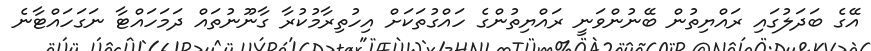
އޭގެ ބަދަލުގައި ރައްޔިތުން ބޭނުންވަނީ ރައްޔިތުންގެ ހައްގުތަކަށް އިހުތިރާމުކުރާ ގާނޫނުތައް ދަމަހައްޓާ ނަގަހައްޓާނެ